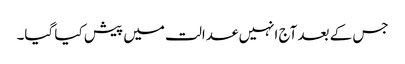
جس کے بعد آج انہیں عدالت میں پیش کیا گیا۔